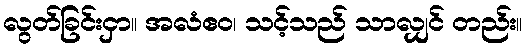
လွတ်ခြင်းငှာ။ အလံဧဝ၊ သင့်သည် သာလျှင် တည်း။